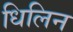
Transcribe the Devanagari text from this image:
धिलिन